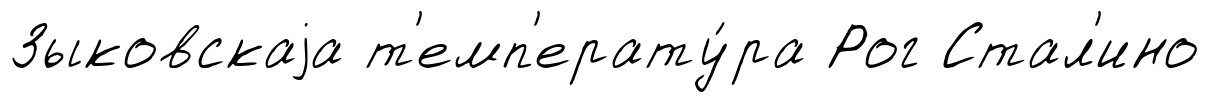
Зыковскаjа т'емп'ерату́ра Рог Стал'ино